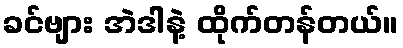
ခင်ဗျား အဲဒါနဲ့ ထိုက်တန်တယ်။